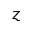
z